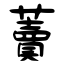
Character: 藚